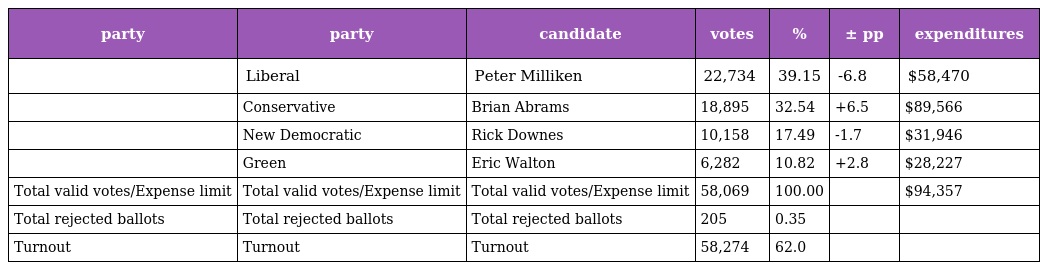
| party | party | candidate | votes | % | ± pp | expenditures |
 | --- | --- | --- | --- | --- | --- | --- |
 |  | Liberal | Peter Milliken | 22,734 | 39.15 | -6.8 | $58,470 |
 |  | Conservative | Brian Abrams | 18,895 | 32.54 | +6.5 | $89,566 |
 |  | New Democratic | Rick Downes | 10,158 | 17.49 | -1.7 | $31,946 |
 |  | Green | Eric Walton | 6,282 | 10.82 | +2.8 | $28,227 |
 | Total valid votes/Expense limit | Total valid votes/Expense limit | Total valid votes/Expense limit | 58,069 | 100.00 |  | $94,357 |
 | Total rejected ballots | Total rejected ballots | Total rejected ballots | 205 | 0.35 |  |  |
 | Turnout | Turnout | Turnout | 58,274 | 62.0 |  |  |